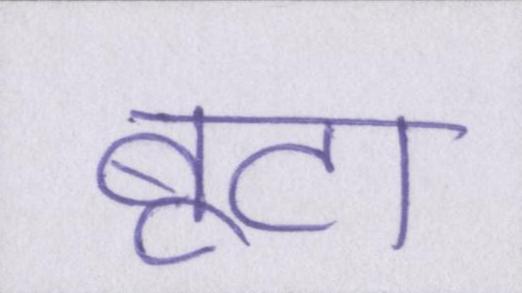
बूटा